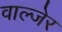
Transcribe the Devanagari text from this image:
वाल्जेर